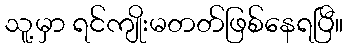
သူ့မှာ ရင်ကျိုးမတတ်ဖြစ်နေရပြီ။